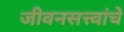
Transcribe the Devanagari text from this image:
जीवनसत्त्वांचे